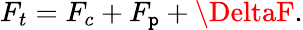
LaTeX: F_{t}=F_{c}+F_{\mathtt{p}}+\DeltaF.